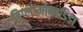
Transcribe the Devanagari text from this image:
डिप्लोमोनाडिडा